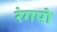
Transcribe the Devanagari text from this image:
रंगपो